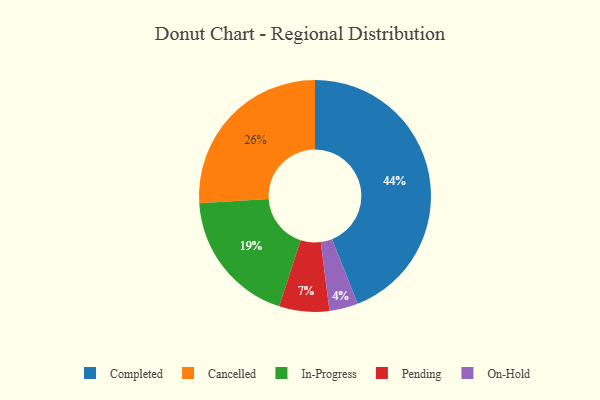
{"axis": {"x": "Category", "y": "Percentage"}, "legend": ["Cancelled", "Completed", "In-Progress", "On-Hold", "Pending"], "data": [{"x": "Pending", "y": 7, "type": "Pending"}, {"x": "Completed", "y": 44, "type": "Completed"}, {"x": "In-Progress", "y": 19, "type": "In-Progress"}, {"x": "Cancelled", "y": 26, "type": "Cancelled"}, {"x": "On-Hold", "y": 4, "type": "On-Hold"}]}